Scientific memoirs by medical officers of the Army of India - Part VIII,
Year: 1894
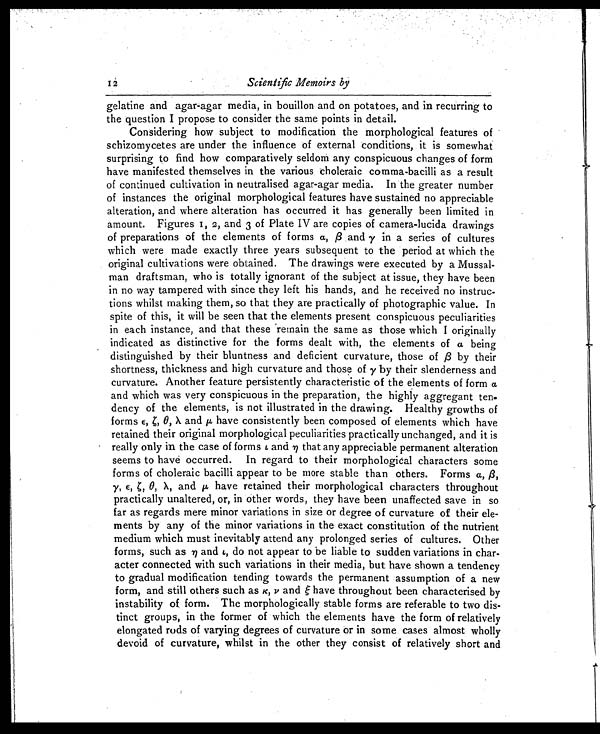
12
Scientific Memoirs by
gelatine and agar-agar media, in bouillon and on potatoes, and in recurring to
the question I propose to consider the same points in detail.
Considering how subject to modification the morphological features of
schizomycetes are under the influence of external conditions, it is somewhat
surprising to find how comparatively seldom any conspicuous changes of form
have manifested themselves in the various choleraic comma-bacilli as a result
of continued cultivation in neutralised agar-agar media. In the greater number
of instances the original morphological features have sustained no appreciable
alteration, and where alteration has occurred it has generally been limited in
amount. Figures 1, 2, and 3 of Plate IV are copies of camera-lucida drawings
of preparations of the elements of forms α, β and γ in a series of cultures
which were made exactly three years subsequent to the period at which the
original cultivations were obtained. The drawings were executed by a Mussal-
man draftsman, who is totally ignorant of the subject at issue, they have been
in no way tampered with since they left his hands, and he received no instruc-
tions whilst making them, so that they are practically of photographic value. In
spite of this, it will be seen that the elements present conspicuous peculiarities
in each instance, and that these remain the same as those which I originally
indicated as distinctive for the forms dealt with, the elements of a being
distinguished by their bluntness and deficient curvature, those of β by their
shortness, thickness and high curvature and those of γ by their slenderness and
curvature. Another feature persistently characteristic of the elements of form a
and which was very conspicuous in the preparation, the highly aggregant ten.
dency of the elements, is not illustrated in the drawing. Healthy growths of
forms ε , ζ θ , λa n d
μ h a v e c o n s i s t e n t l y b e e n c o m p o s e d o f e l e m e n t s w h i c h h a v e
retained their original morphological peculiarities practically unchanged, and it is
really only in the case of forms ι a n d
η t h a t a n y a p p r e c i a b l e p e r m a n e n t a l t e r a t i o n
seems to have occurred. In regard to their morphological characters some
forms of choleraic bacilli appear to be more stable than others. Forms α,
β ε, ζ, θ, λ, and μ have retained their morphological characters throughout
practically unaltered, or, in other words, they have been unaffected save in so
far as regards mere minor variations in size or degree of curvature of their ele-
ments by any of the minor variations in the exact constitution of the nutrient
medium which must inevitably attend any prolonged series of cultures. Other
forms, such as η and ι, do not appear to be liable to sudden variations in char-
acter connected with such variations in their media, but have shown a tendency
to gradual modification tending towards the permanent assumption of a new
form, and still others such as κ, ν and ζ have throughout been characterised by
instability of form. The morphologically stable forms are referable to two dis-
tinct groups, in the former of which the elements have the form of relatively
elongated rods of varying degrees of curvature or in some cases almost wholly
devoid of curvature, whilst in the other they consist of relatively short and